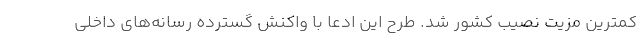
کمترین مزیت نصیب کشور شد. طرح این ادعا با واکنش گسترده رسانه‌های داخلی